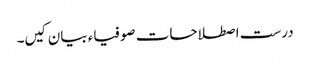
درست اصطلاحات صوفیاء بیان کیں۔